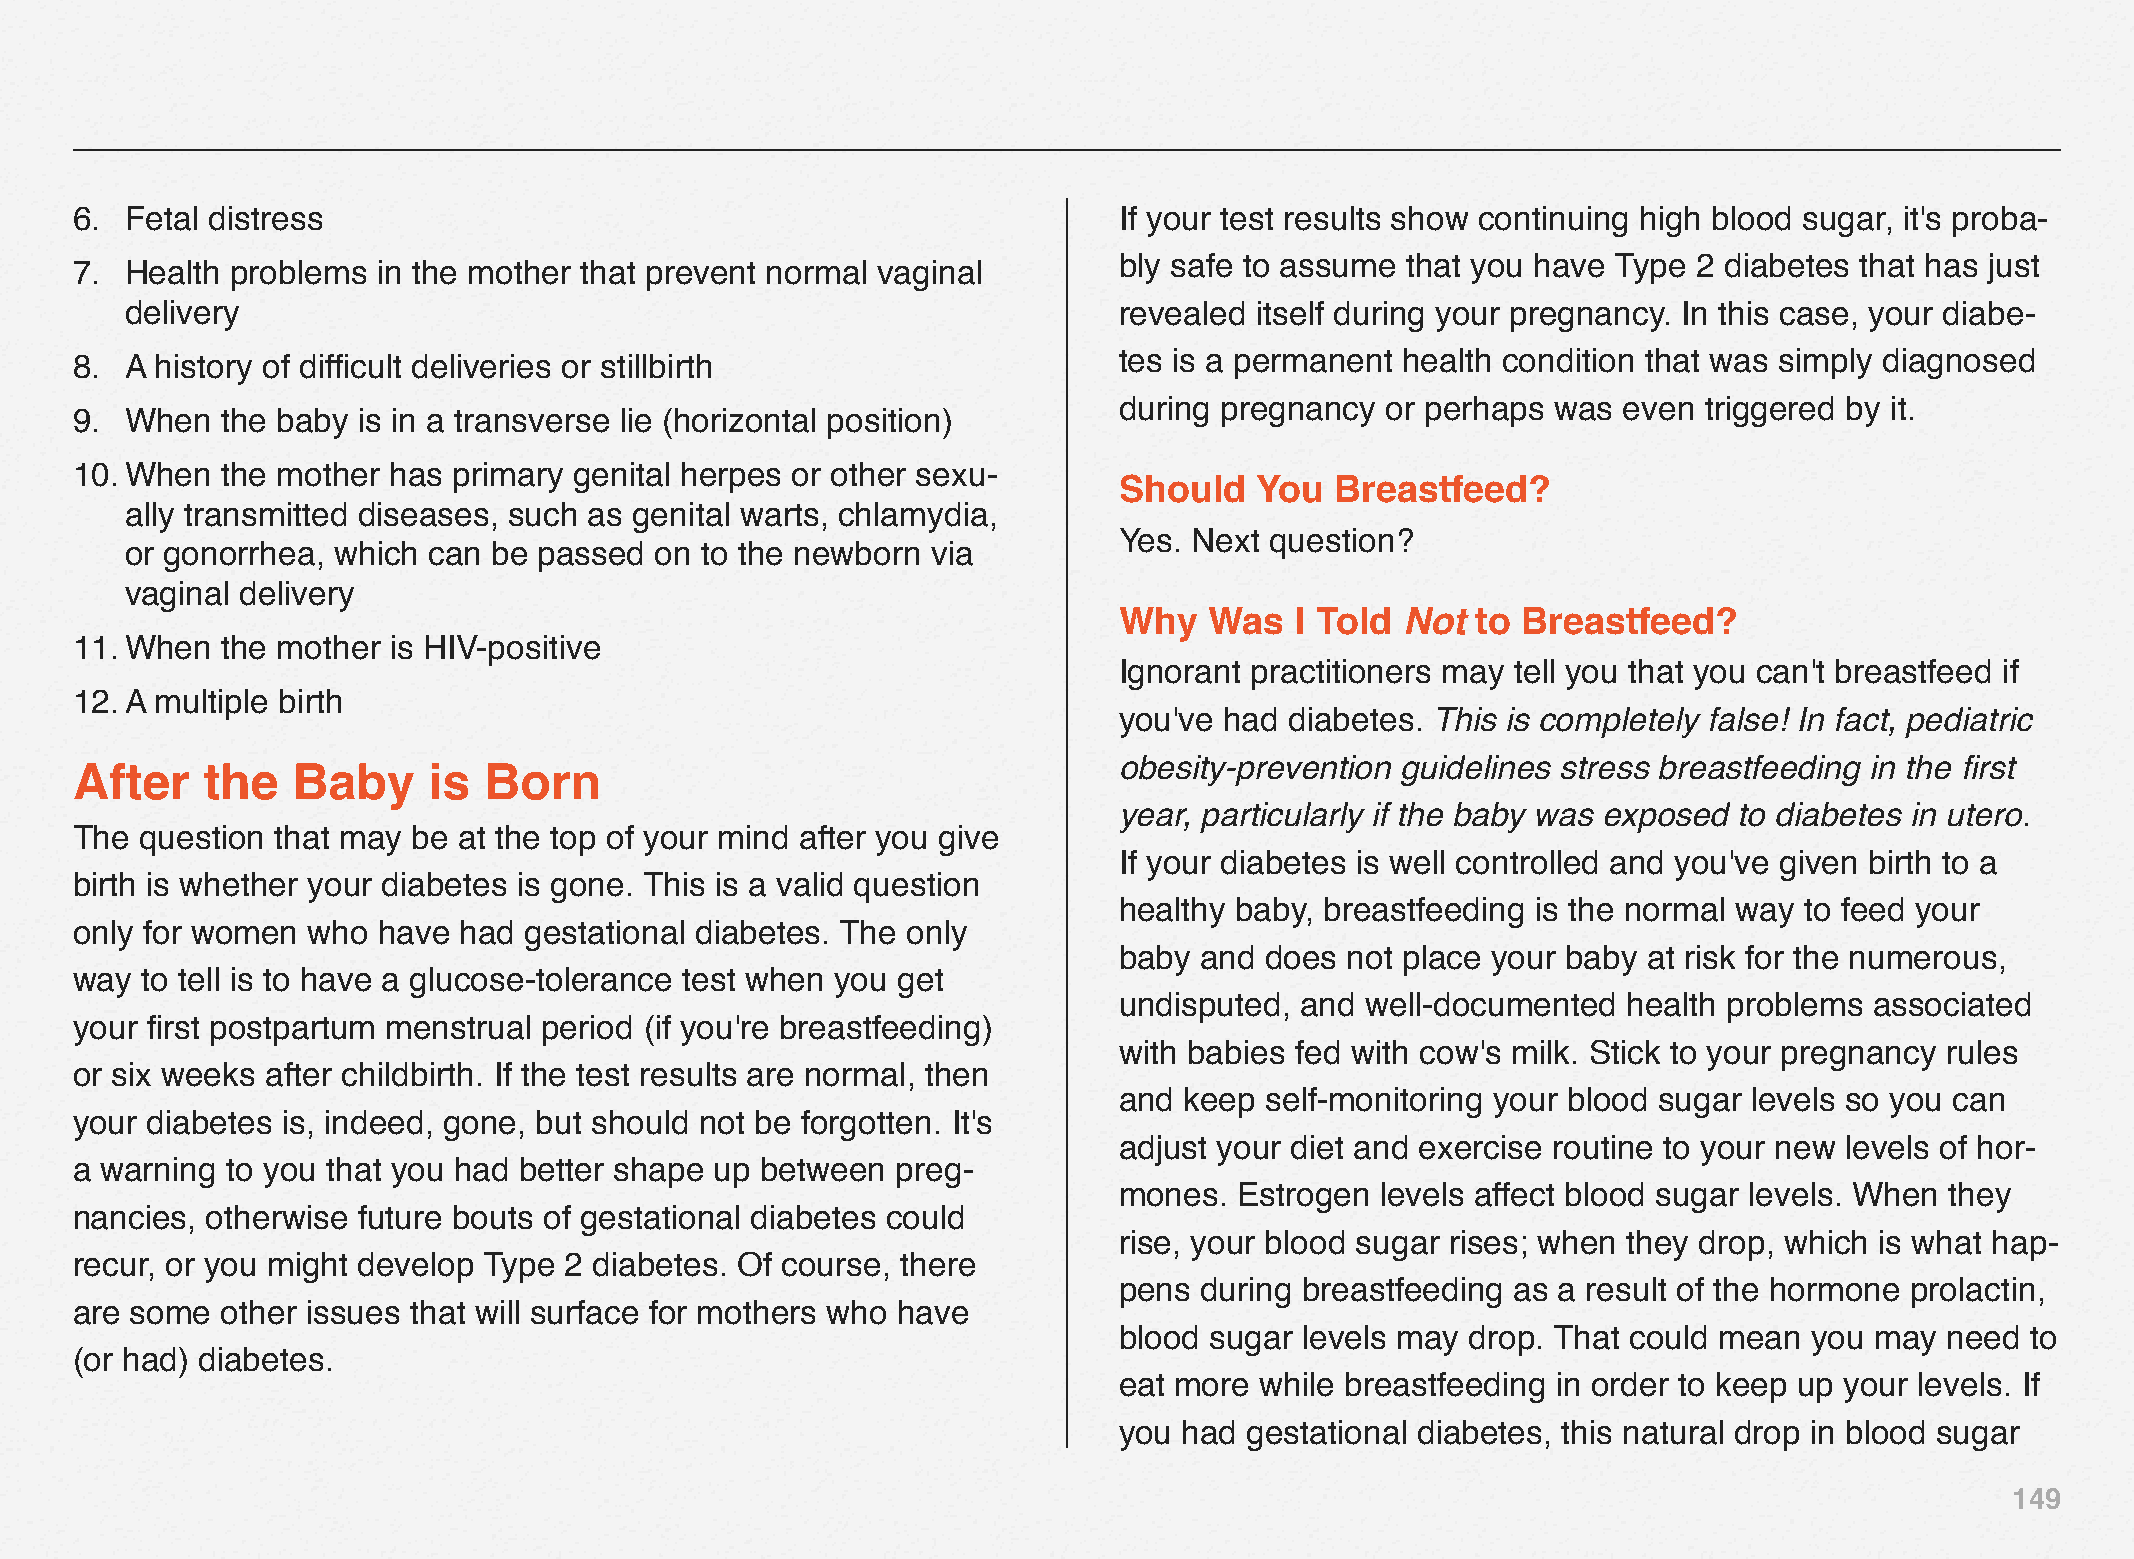
6. Fetal distress                                                    If your test results show continuing high blood sugar, it's proba-
 bly safe to assume that you have Type 2 diabetes that has just
 7. Health problems  in the mother that prevent normal vaginal
 delivery                                                          revealed itself during your pregnancy. In this case, your diabe-
 8. A history of difficult deliveries or stillbirth                   tes is a permanent health condition that was simply diagnosed
 during pregnancy  or perhaps was even  triggered by it.
 9. When   the baby is in a transverse lie (horizontal position)
 10.When   the mother has primary genital herpes or other sexu-
 Should   You  Breastfeed?
 ally transmitted diseases, such as genital warts, chlamydia,
 Yes. Next question?
 or gonorrhea, which can  be passed on to the newborn  via
 vaginal delivery
 Why   Was   I Told Not  to Breastfeed?
 11.When   the mother is HIV-positive
 Ignorant practitioners may tell you that you can't breastfeed if
 12.A multiple birth
 you've had diabetes. This is completely false! In fact, pediatric
 obesity-prevention guidelines stress breastfeeding in the first
 After   the   Baby     is  Born
 year, particularly if the baby was exposed to diabetes in utero.
 The question that may be at the top of your mind after you give
 If your diabetes is well controlled and you've given birth to a
 birth is whether your diabetes is gone. This is a valid question
 healthy baby, breastfeeding is the normal way to feed your
 only for women who  have had  gestational diabetes. The only
 baby and  does not place your baby at risk for the numerous,
 way to tell is to have a glucose-tolerance test when you get
 undisputed, and well-documented   health problems associated
 your first postpartum menstrual period (if you're breastfeeding)
 with babies fed with cow's milk. Stick to your pregnancy rules
 or six weeks after childbirth. If the test results are normal, then
 and keep  self-monitoring your blood sugar levels so you can
 your diabetes is, indeed, gone, but should not be forgotten. It's
 adjust your diet and exercise routine to your new levels of hor-
 a warning to you that you had better shape up between preg-
 mones.  Estrogen levels affect blood sugar levels. When they
 nancies, otherwise future bouts of gestational diabetes could
 rise, your blood sugar rises; when they drop, which is what hap-
 recur, or you might develop Type 2 diabetes. Of course, there
 pens during breastfeeding as a result of the hormone prolactin,
 are some  other issues that will surface for mothers who have
 blood sugar levels may drop. That could mean  you may  need to
 (or had) diabetes.
 eat more while breastfeeding in order to keep up your levels. If
 you had  gestational diabetes, this natural drop in blood sugar
 149